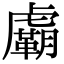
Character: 𧈉